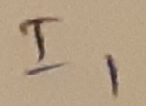
Text: I1